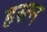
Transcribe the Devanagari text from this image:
हस्त्न